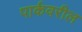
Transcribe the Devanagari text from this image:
पार्कवरील